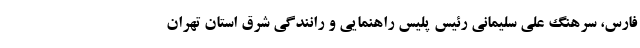
فارس، سرهنگ علی سلیمانی رئیس پلیس راهنمایی و رانندگی شرق استان تهران